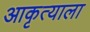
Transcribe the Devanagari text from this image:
आकृत्याला